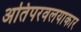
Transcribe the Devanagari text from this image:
अतिपरवलयाकार